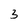
Character: 3